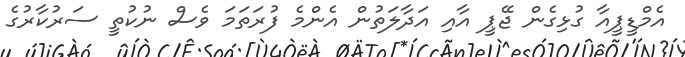
އެމްޑީޕީއާ ގުޅިގެން ޖޭޕީ އާއި އަދާލަތުން އެންމެ ފުރަތަމަ ވެސް ނުކުތީ ސަރުކާރުގެ